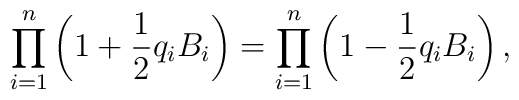
\prod_{i=1}^n\left( 1+{1\over 2} q_i B_i \right)=\prod_{i=1}^n\left( 1-{1\over 2} q_i B_i \right),